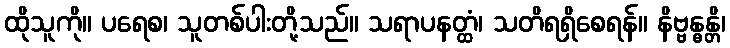
ထိုသူကို။ ပရေစ၊ သူတစ်ပါးတို့သည်။ သရာပနတ္ထံ၊ သတိရရှိစေရန်။ နိဗ္ဗန္ဓန္တိ၊